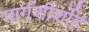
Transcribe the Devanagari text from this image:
मार्गशीर्शोहं